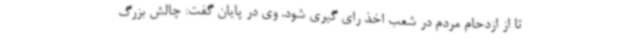
تا از ازدحام مردم در شعب اخذ رای گیری شود. وی در پایان گفت: چالش بزرگ